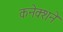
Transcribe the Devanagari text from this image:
कनेक्शने